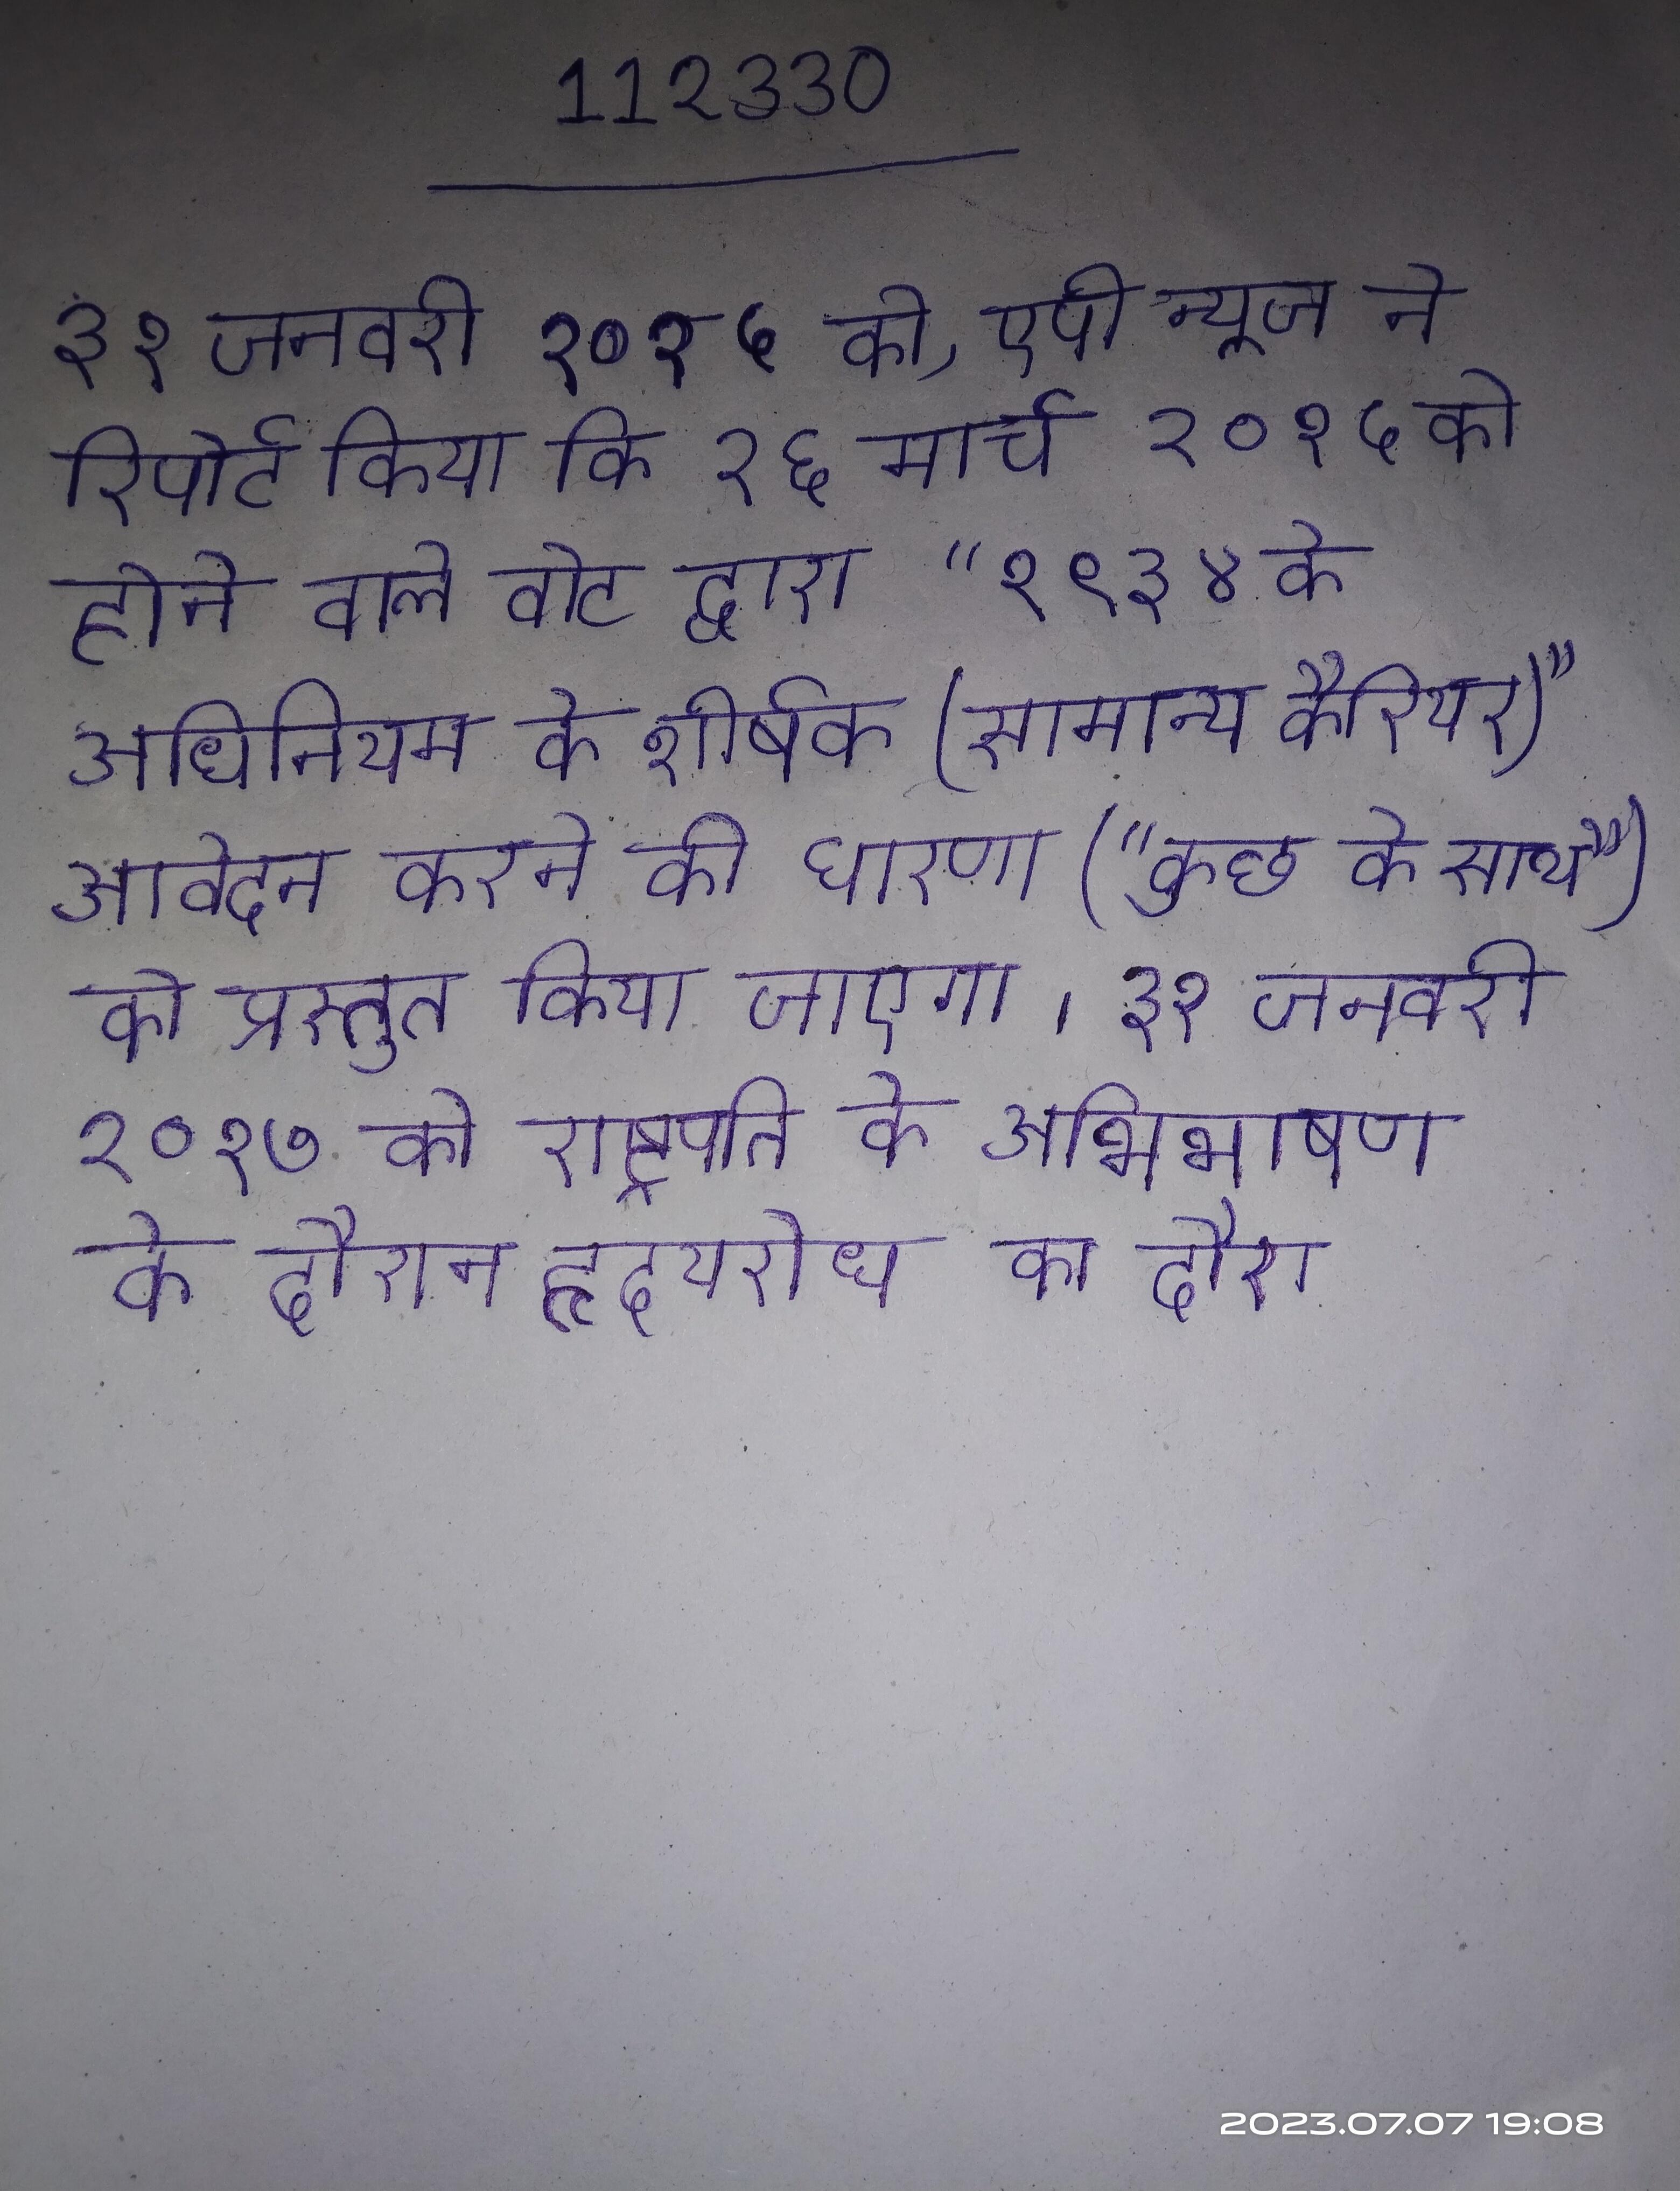
३१ जनवरी २०१५ को, एपी न्यूज ने रिपोर्ट किया कि २६ मार्च २०१५ को होने वाले वोट द्वारा "१९३४ के अधिनियम के शीर्षक (सामान्य कैरियर)" आवेदन करने की धारणा ("कुछ के साथ") को प्रस्तुत किया जाएगा । ३१ जनवरी २०१७ को राष्ट्रपति के अभिभाषण के दौरान हृदयरोध का दौरा ।